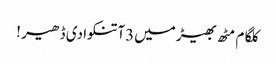
کلگام مٹھ بھیڑ میں3آتنکوادی ڈھیر !